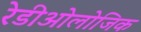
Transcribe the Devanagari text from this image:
रेडीओलोजिक